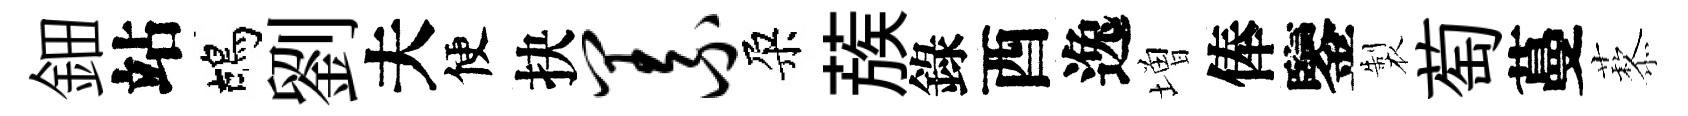
鈿站鴣劉夫便抉义朶蔟錄酉逸増俸鑒製萄蔓藜